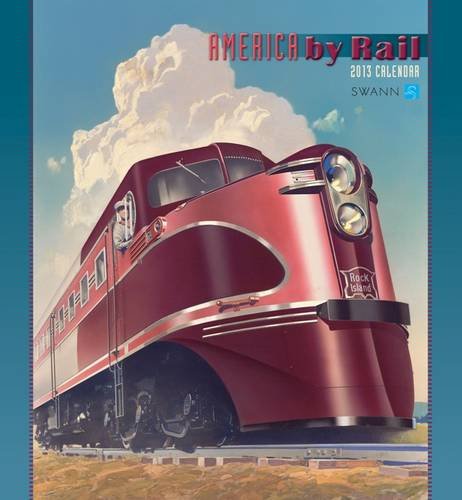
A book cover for America by Rail 2013 Calendar; Travel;